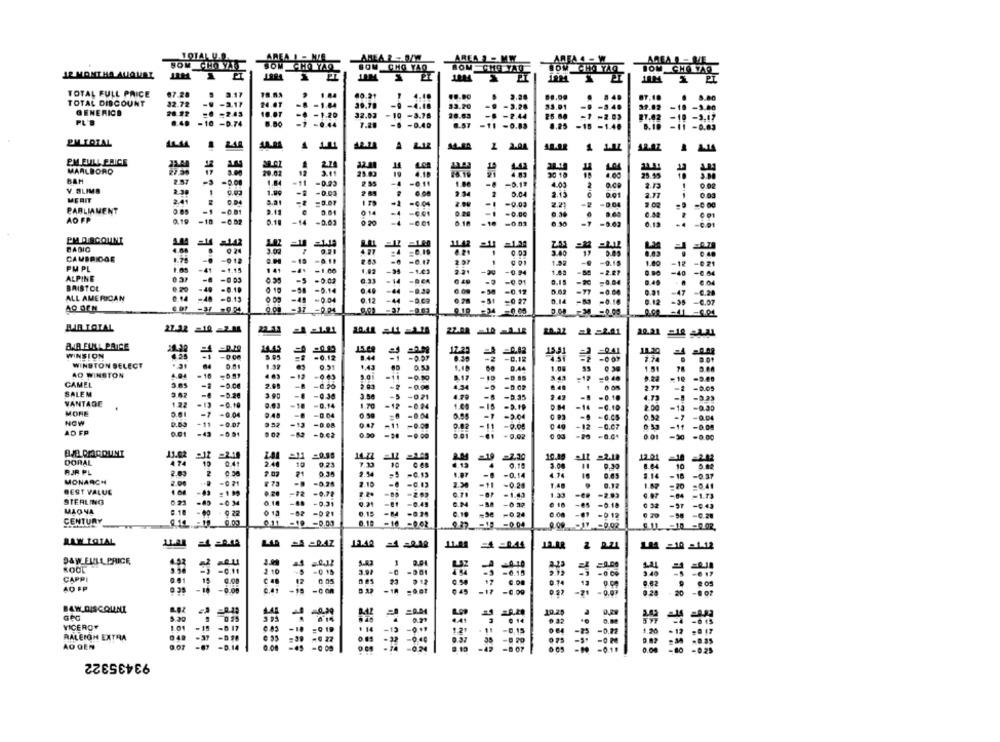
AREA I - MIE
AREAROMA
AREA - MW
SOM CHO YAO
12 MONTHA ALIQUAL
JIM
PT
TOTAL FULL PRICE
07.28
1.17
40.21
4.40
8 4
8.80
TOTAL DISCOUNT
32.72
-2.11
24.0
39.78
13.20
-J 4
GENERICO
-2.43
LOT
1.84
-4.18
33.91
37.02
-3.00
-1.20
32.03
-10 -3.78
10.83
44
25.80
-10 -2,17
PL'S
-10 -0. 74
-0.44
7.2.
-0.40
.. 25
-10 -1.40
11 -0.03
PM TOTAL
2.12
1 2.04
EM FULL PRICE
32.01
MARLBORO
SE
20.02
2.14
14
LO
12
2.11
23.03
19
4.10
20 16
29.95
3.00
BAM
-3 -0.08
1.04
-11 -0.23
2 85
1.08
-0.13
4.00
V. BLIMS
1.99
-2 -0.03
0.04
9.01
0.03
MERIT
2.41
2.81
=0.07
an
-1
-0.03
2.71
PARLIAMENT
=0.81
9.11
0.01
014
-
-0.01
-0.00
AO FP
0.18 -14
-0.02
9.20
-6.01
-10 -0.03
=0.03
EM DISCOUNT
BABIG
17
0.05
0.83
CAMBRIDGE
-0 -018
-19 -8.11
PM PL
2.07
1 0 01
1.02
-9.18
1.80
-12 -0.21
-41 -1.15
141 -4 -1.00
-35 -1.03
-20 -0.94
1.03
-2.27
0.90
-40
-0.04
ALPINE
-5 -0.02
0.33 - 14
-9 -0.01
0.15
-20
=0.04
0.49
BRISTOL
0.20
-40 -0.10
-58 -0.14
-58 -0.12
-0.00
0.21
-47 -0.28
ALL AMERICAN
-40 -8.13
0 09 -48 -0.04
-44 -D.C9
0.28 -51
=0 27
D.14
-0.10
-35 -6.07
-0.04
9.18 -24 -0.00
DOS 34 -0.00
BIR TOTAL
27.32 =10 -2.M4
22.08 -10 -2.18
20.22 =2=2.01
BAR FULL PRICE
24.43
15.48
17.23
WINSION
-0.12
8.44
1331
-0.12
1.74
WINSTON SELECT
0.01
9.91
0.53
0.44
AD WINSTON
-12
-0.03
=11
=0.50
-10 -8.85
343
-0,40
-19
CAMEL
-2
-0.00
2.08
-B
-0.20
-0.00
4.34
8.49
SALEM
-.
-0.28
3.90
-0 -0.02
2.79
-2
-0.05
-0.36
3.50
-5
-021
-8
-5.35
2.42
-0.10
4.73
-1
-9.23
VANTAGE
1.22
.13
-0.10
0.63
-18 -0.14
1.20
=12
-0.24
1.00
-18
-9.19
-14
-C.10
2.00
=13 -0.30
MORE
-0.04
9.48
-@ -0.04
-0.04
-5.04
0.52
-7
-0.04
NOW
-0.01
-13
-0.08
-0.00
-12
AD FP
-43
0.02 -11 -0.08
-0.07
-0.08
-0.51
-0.02
-0.00
0.01
-61 -9.02
-0.0+
-30
-0.00
AJO DIACOUNT
11.02
DORAL
10
10.00
12.01
474
10
0.41
0.23
7.30
0.10
3.00
8.84
10
RJR PL
2.03
2 0.38
2.03
21
5 -0.13
-0.14
4.74
0.65
1.14
-18
-0.37
MONARCH
2.00
₹ 73
-8 -0.25
2.10
BEST VALUE
2.30 -11 -0.28
1.48
0.12
1.87
=0.41
:189
0.20
-72 -0.78
0.70 -07 -1.43
1.33
-2.93
STERLING
-40 -0 34
0.18 -8 - 0,31
9.21
-81 -0.49
0.24 -58 -0 32
0 18
-65 -0.18
0 32
-97 -4
MAONA
8.18 -00 - 0 22
6.15
0.19
CENTURY
0 12 -02 -021
-84 -0.25
-56 -0.24
-@1 -0 12
6 20
-58 -0.28
0.11 -10 -0.01
0.18
-16 -962
RAW LOTAL
LAA =A =RAZ
12.42 =1 -218
12.08 2 2.21
144 210 21.12
DAW FULL PRICE,
2.04
KOOL
-0.11
2 10
-5 -0 15
CAPPI
0.81
-0 06
40 FP
15 0.00
12
23 9 12
6.00
0.14
13 0.00
0.35 -18 -0.06
532 -18
.45
-17
-6.09
-21 -0.07
0.28 - 20
- 20
BAW DISCOUNT
10.29
9.29
5.30
3 95
014
VICEROY
101 -15 -0 17
-8 17
-18 :0 19
# 14
-13
-0 ...
-8,15
-25 -0.79
RALEIGH EXTRA
-37 -096
=39 -0 22
-040
AO GEN
-32
9.37
-0 2
0.00
-45 -0 09
93435322